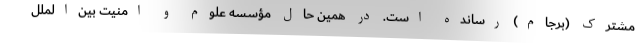
مشترک (برجام) رسانده است. در همین حال مؤسسه علوم و امنیت بین‌الملل